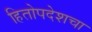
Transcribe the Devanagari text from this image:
हितोपदेशचा